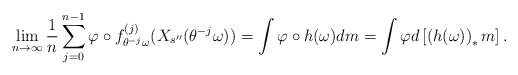
\begin{align*}\lim _{n\to \infty} \frac{1}{n} \sum ^{n-1} _{j=0} \varphi \circ f_{\theta ^{-j} \omega} ^{(j)} (X_{s^{\prime \prime}}(\theta ^{-j}\omega)) = \int \varphi \circ h(\omega) dm = \int \varphi d\left[ \left( h(\omega) \right) _* m\right].\end{align*}